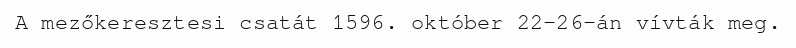
A mezőkeresztesi csatát 1596. október 22-26-án vívták meg.